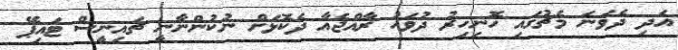
އަދި ދެވަނަ މެޗުގައި ހޮނިހިރު ދުވަހު ރާއްޖެއާ ދެކޮޅަށް ނުކުންނާނީ ޗައިނީސް ޓައިޕޭ